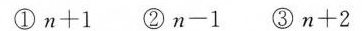
①$$n + 1$$ ②$$n - 1$$ ③$$n + 2$$